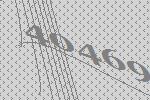
40469